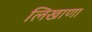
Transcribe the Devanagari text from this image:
लिखाणा